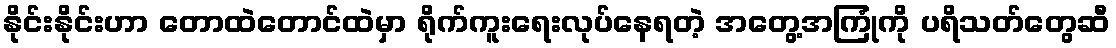
နိုင်းနိုင်းဟာ တောထဲတောင်ထဲမှာ ရိုက်ကူးရေးလုပ်နေရတဲ့ အတွေ့အကြုံကို ပရိသတ်တွေဆီ